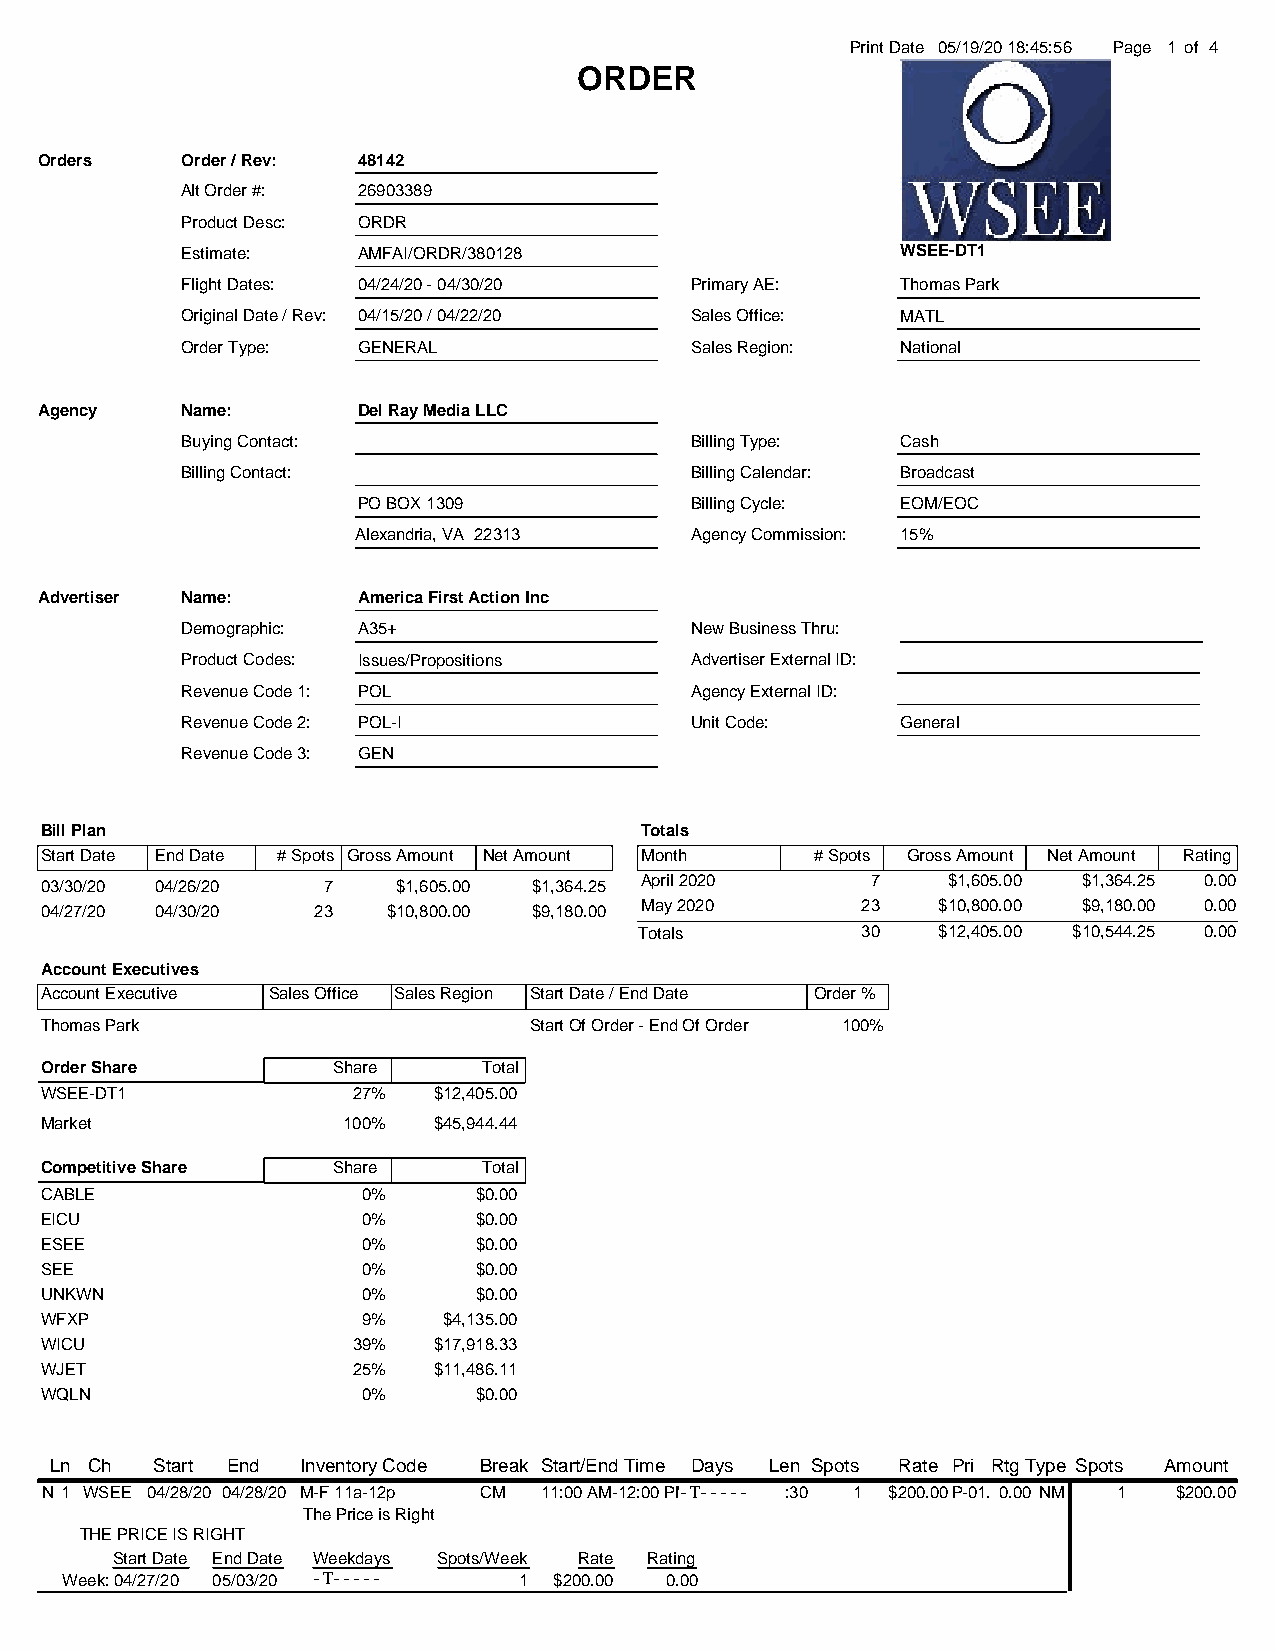
Print Date 05/19/20 18:45:56 Page 1 of 4
 ORDER
 Orders    Order / Rev: 48142
 Alt Order #: 26903389
 Product Desc: ORDR
 Estimate:   AMFAI/ORDR/380128                   WSEE-DT1
 Flight Dates: 04/24/20 - 04/30/20 Primary AE:   Thomas Park
 Original Date / Rev: 04/15/20 / 04/22/20 Sales Office: MATL
 Order Type: GENERAL               Sales Region: National
 Agency    Name:       Del Ray Media LLC
 Buying Contact:                   Billing Type: Cash
 Billing Contact:                  Billing Calendar: Broadcast
 PO BOX 1309           Billing Cycle: EOM/EOC
 Alexandria, VA 22313   Agency Commission: 15%
 Advertiser Name:      America First Action Inc
 Demographic: A35+                 New Business Thru:
 Product Codes: Issues/Propositions Advertiser External ID:
 Revenue Code 1: POL               Agency External ID:
 Revenue Code 2: POL-I             Unit Code:    General
 Revenue Code 3: GEN
 Bill Plan                              Totals
 Start Date End Date # Spots Gross Amount Net Amount Month # Spots Gross Amount Net Amount Rating
 03/30/20 04/26/20 7    $1,605.00 $1,364.25 April 2020  7    $1,605.00 $1,364.25 0.00
 04/27/20 04/30/20 23   $10,800.00 $9,180.00 May 2020  23   $10,800.00 $9,180.00 0.00
 Totals         30   $12,405.00 $10,544.25 0.00
 Account Executives
 Account Executive Sales Office Sales Region Start Date / End Date Order %
 Thomas Park                     Start Of Order - End Of Order 100%
 Order Share        Share     Total
 WSEE-DT1            27%   $12,405.00
 Market              100%  $45,944.44
 Competitive Share  Share     Total
 CABLE                0%     $0.00
 EICU                 0%     $0.00
 ESEE                 0%     $0.00
 SEE                  0%     $0.00
 UNKWN                0%     $0.00
 WFXP                 9%   $4,135.00
 WICU                39%   $17,918.33
 WJET                25%   $11,486.11
 WQLN                 0%     $0.00
 Ln Ch  Start End Inventory Code Break Start/End Time Days Len Spots Rate Pri RtgType Spots Amount
 N 1 WSEE 04/28/20 04/28/20 M-F 11a-12p CM 11:00 AM-12:00 PM-T----- :30 1 $200.00P-01.10.00 NM 1 $200.00
 The Price is Right
 THE PRICE IS RIGHT
 Start Date End Date Weekdays Spots/Week Rate Rating
 Week: 04/27/20 05/03/20 -T----- 1 $200.00 0.00